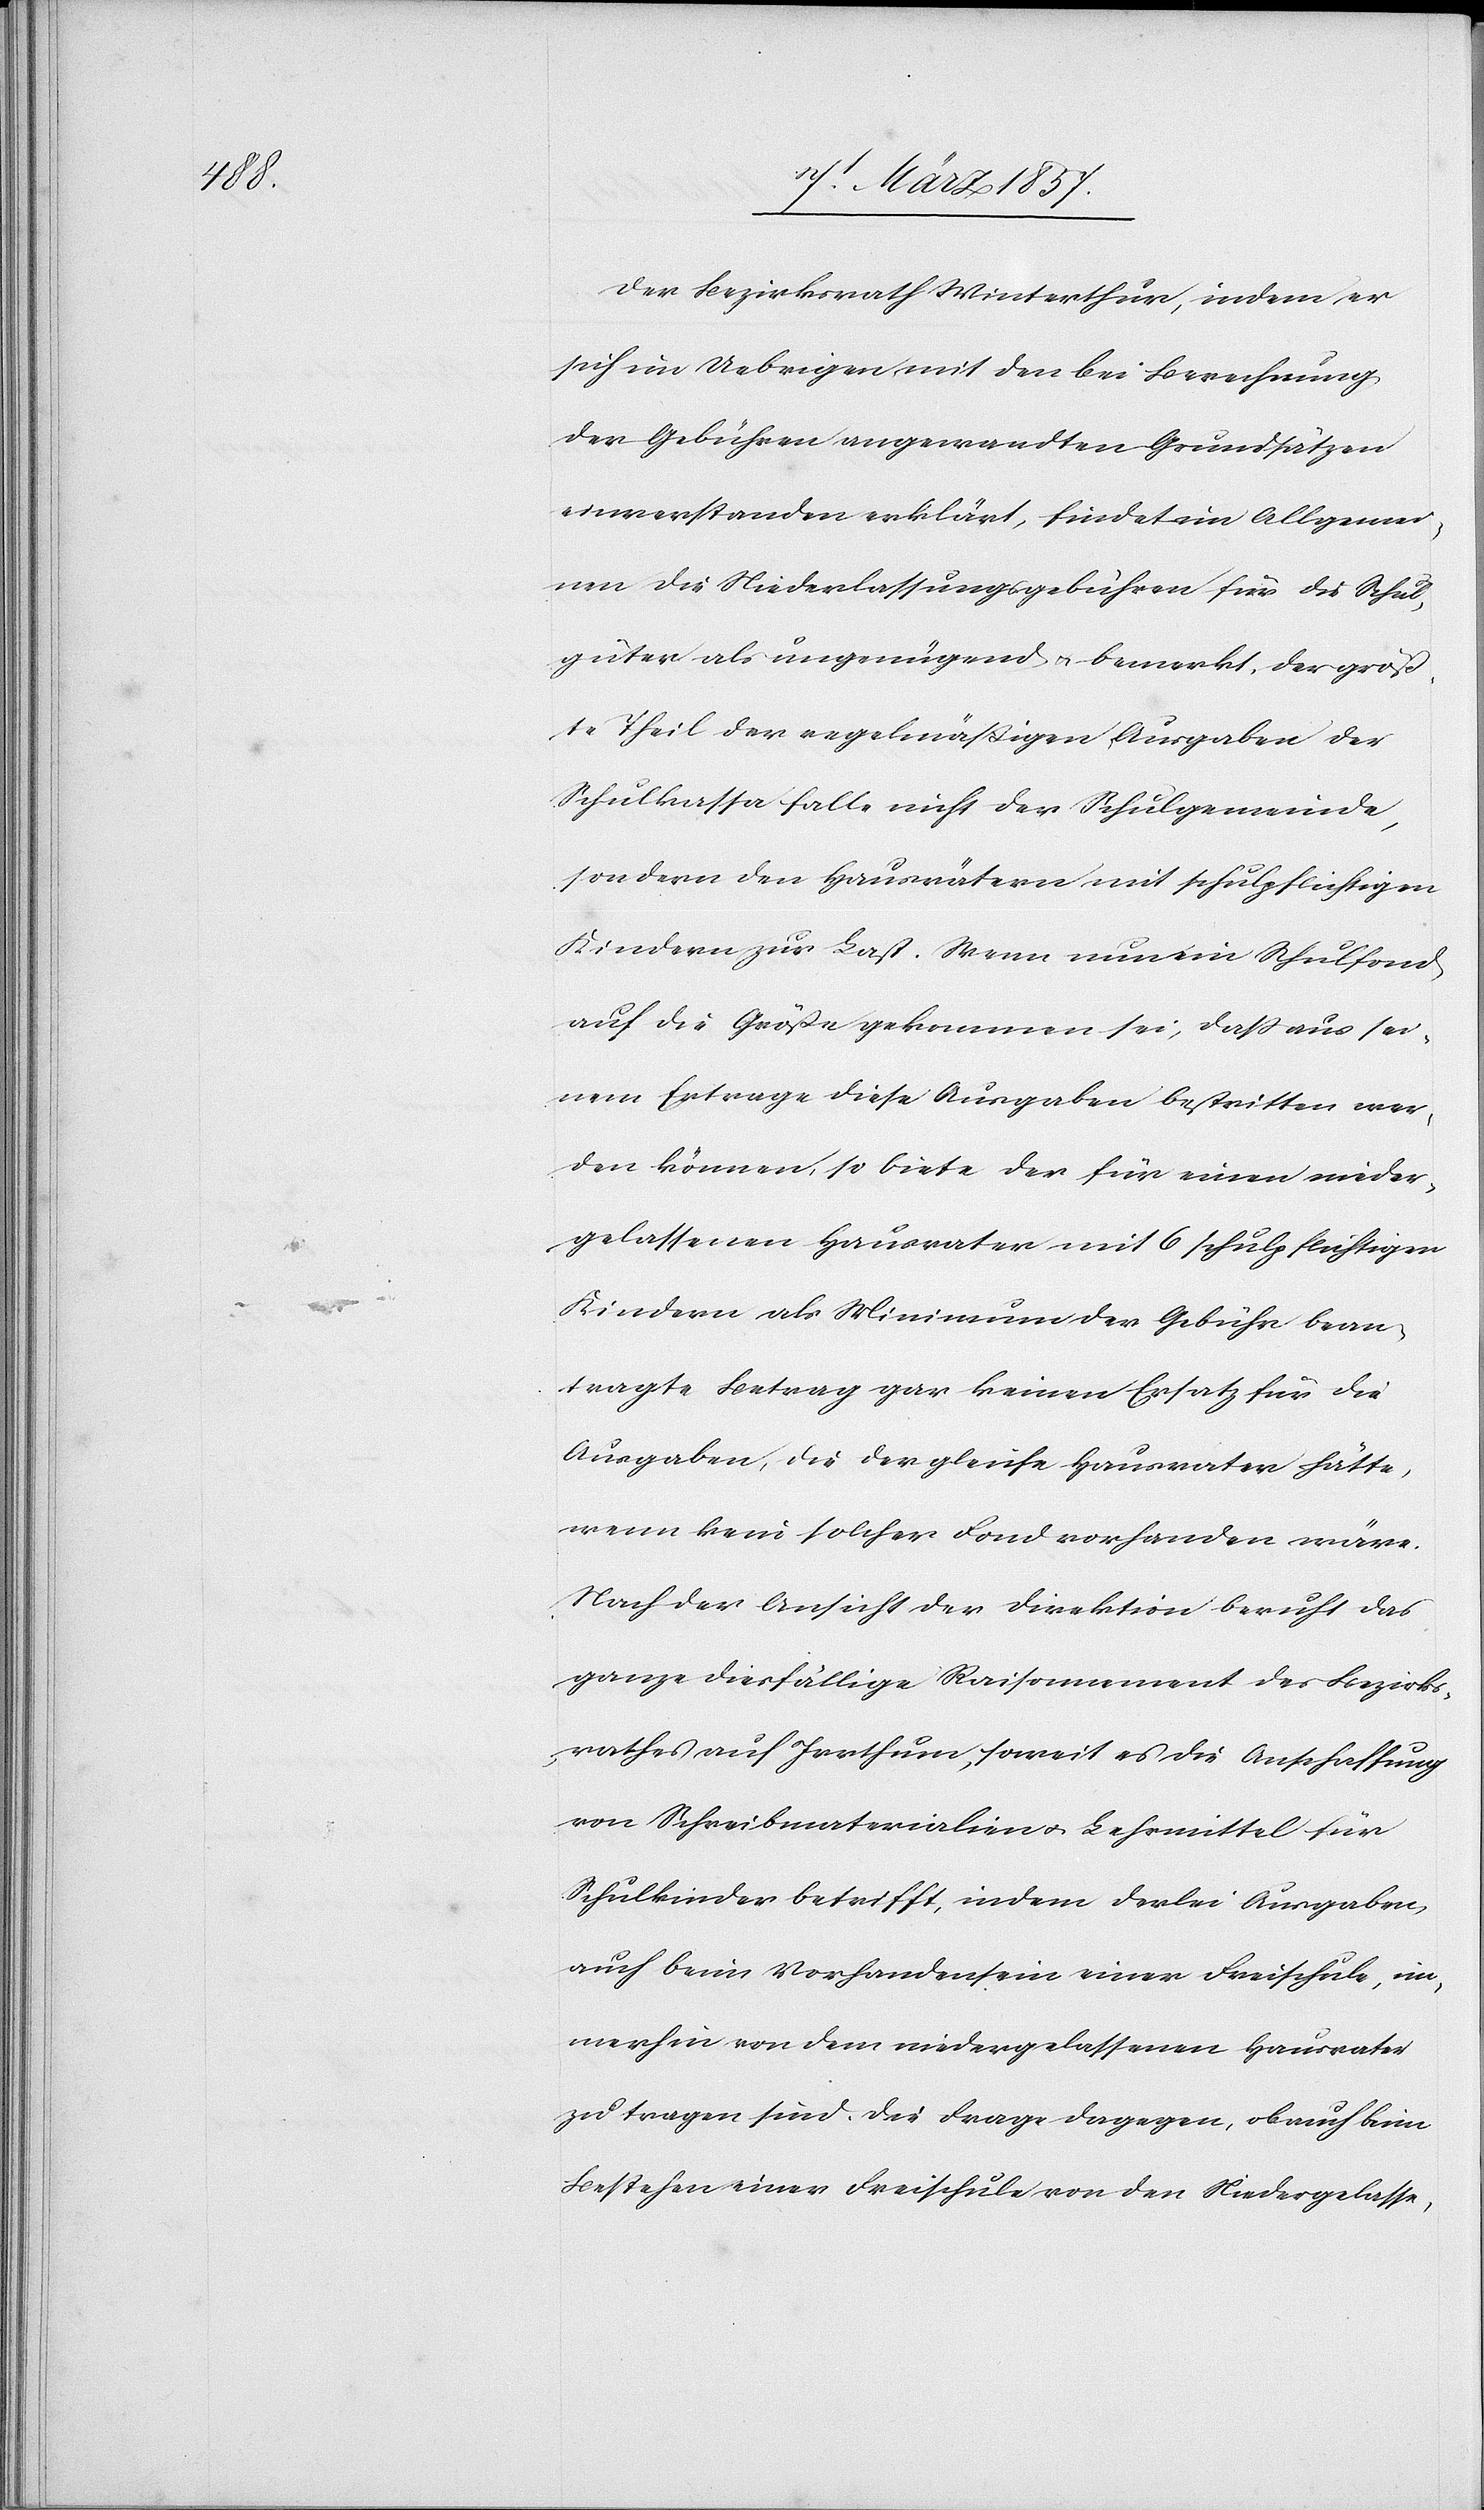
Der Bezirksrath Winterthur, indem er
sich im Uebrigen mit den bei Berechnung
der Gebühren angewandten Grundsätzen
einverstanden erklärt, findet im Allgemei¬
nen die Niederlassungsgebühren für die Schul¬
güter als ungenügend u. bemerkt, der größ¬
te Theil der regelmäßigen Ausgaben der
Schulkassa falle nicht der Schulgemeinde,
sondern den Hausvätern mit schulpflichtigen
Kindern zur Last. Wenn nun ein Schulfond
auf die Größe gekommen sei, daß aus sei¬
nem Ertrage diese Ausgaben bestritten wer¬
den können, so biete der für einen nieder¬
gelassenen Hausvater mit 6 schulpflichtigen
Kindern als Minimum der Gebühr bean¬
tragte Betrag gar keinen Ersatz für die
Ausgaben, die der gleiche Hausvater hätte,
wenn kein solcher Fond vorhanden wäre.
Nach der Ansicht der Direktion beruht das
ganze diesfällige Raisonnement des Bezirks¬
rathes auf Irrthum, soweit es die Anschaffung
von Schreibmaterialien u. Lehrmittel für
Schulkinder betrifft, indem derlei Ausgaben
auch beim Vorhandensein einer Freischule, im¬
merhin von dem niedergelassenen Hausvater
zu tragen sind. Die Frage dagegen, ob auch beim
Bestehen einer Freischule von den Niedergelasse-